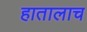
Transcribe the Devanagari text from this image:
हातालाच